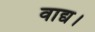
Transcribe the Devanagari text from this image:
वाद्य।